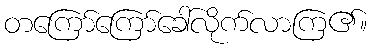
တကြော်ကြော်ခေါ်လိုက်လာကြ၏။